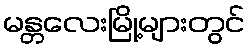
မန္တလေးမြို့များတွင်